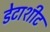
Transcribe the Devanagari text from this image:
डेटाशीट